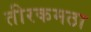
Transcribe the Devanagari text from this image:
तीरकमठा